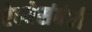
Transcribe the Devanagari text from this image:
रेल्वेसंबंधी